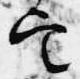
定